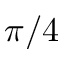
\pi / 4